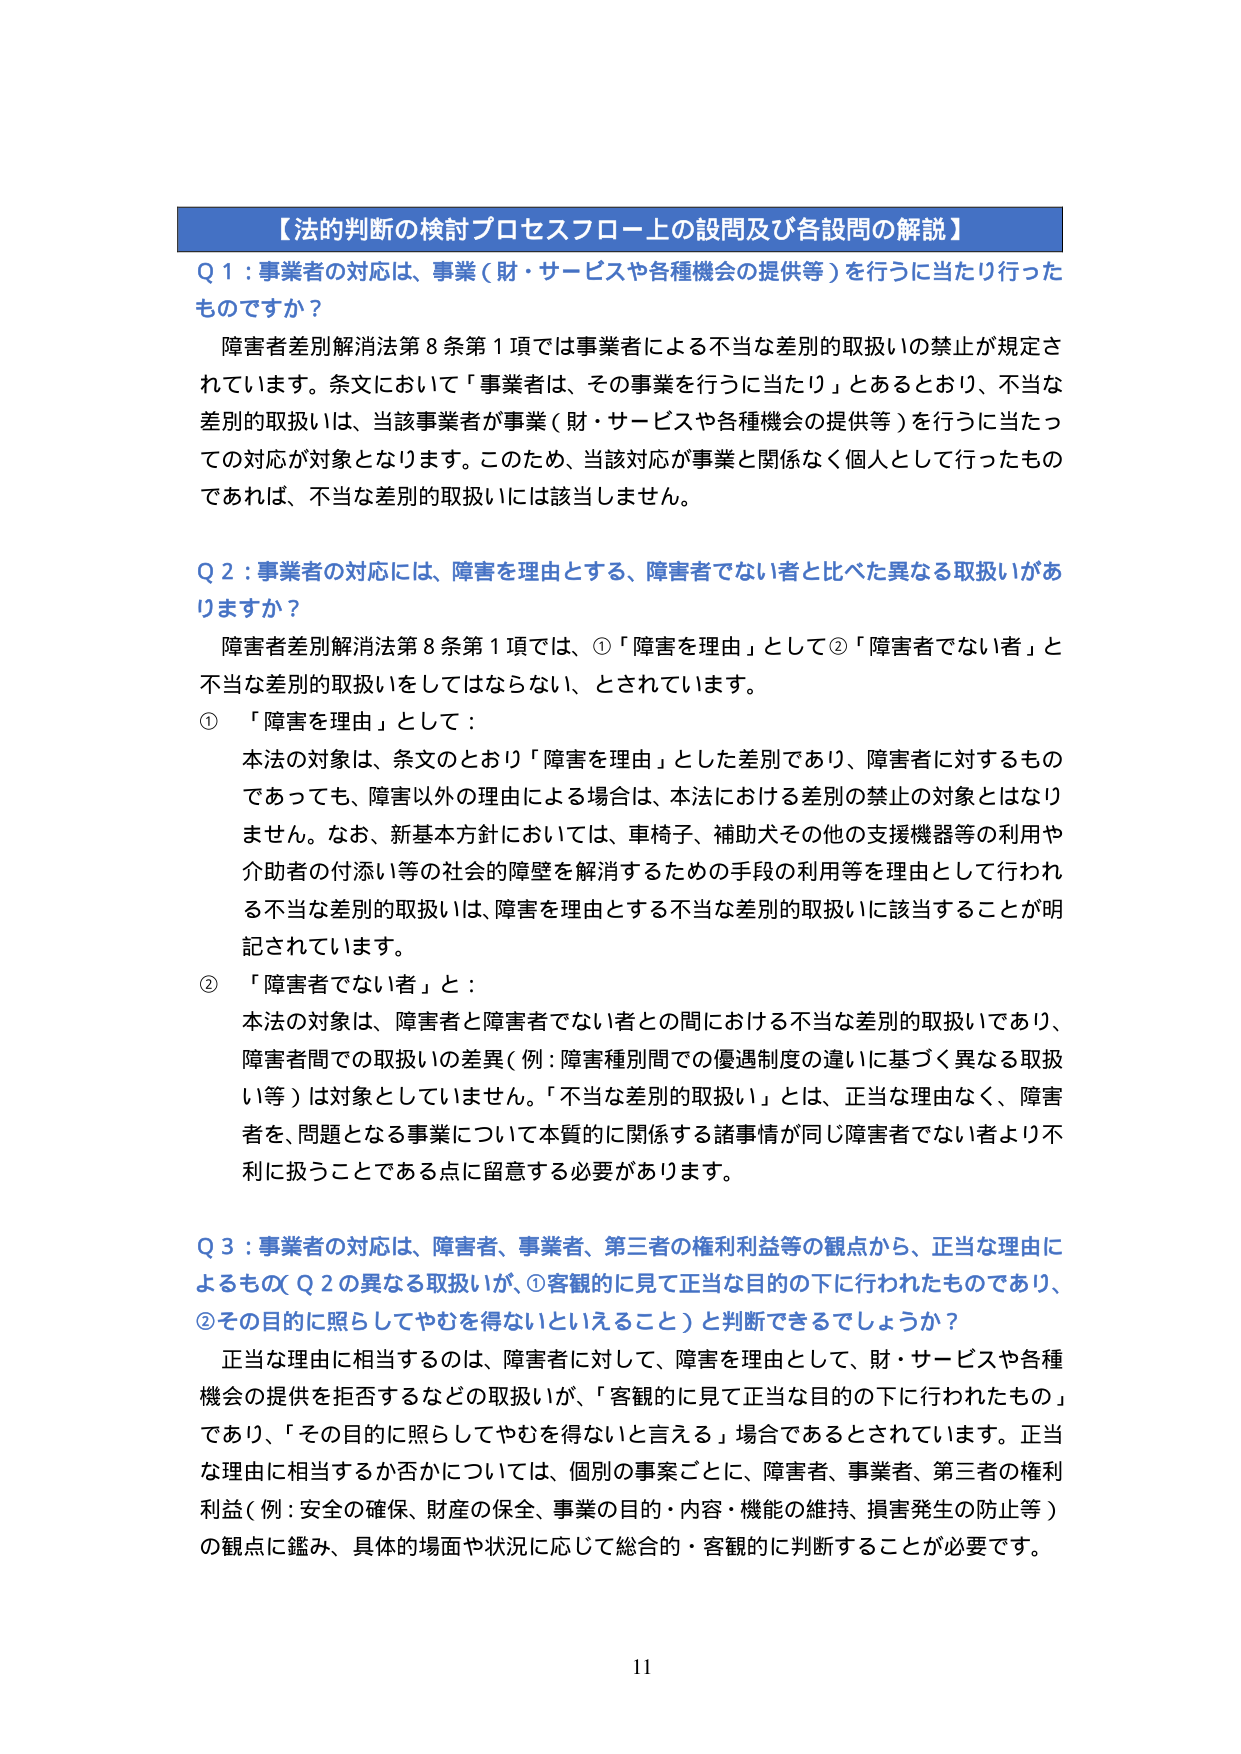
【法的判断の検討プロセスフロー上の設問及び各設問の解説】

Q 1：事業者の対応は、事業（財・サービスや各種機会の提供等）を行うに当たり行ったものですか？

障害者差別解消法第8条第1項では事業者による不当な差別的取扱いの禁止が規定されています。条文において「事業者は、その事業を行うに当たり」とあるとおり、不当な差別的取扱いは、当該事業者が事業（財・サービスや各種機会の提供等）を行うに当たっての対応が対象となります。このため、当該対応が事業と関係なく個人として行ったものであれば、不当な差別的取扱いには該当しません。

Q 2：事業者の対応には、障害を理由とする、障害者でない者と比べた異なる取扱いがありますか？

障害者差別解消法第8条第1項では、①「障害を理由」として②「障害者でない者」と不当な差別的取扱いをしてはならない、とされています。

① 「障害を理由」として：

本法の対象は、条文のとおり「障害を理由」とした差別であり、障害者に対するものであっても、障害以外の理由による場合は、本法における差別の禁止の対象とはなりません。なお、新基本方針においては、車椅子、補助犬その他の支援機器等の利用や介助者の付添い等の社会的障壁を解消するための手段の利用等を理由として行われる不当な差別的取扱いは、障害を理由とする不当な差別的取扱いに該当することが明記されています。

② 「障害者でない者」と：

本法の対象は、障害者と障害者でない者との間における不当な差別的取扱いであり、障害者間での取扱いの差異（例：障害種別間での優遇制度の違いに基づく異なる取扱い等）は対象としていません。「不当な差別的取扱い」とは、正当な理由なく、障害者を、問題となる事業について本質的に関係する諸事情が同じ障害者でない者より不利に扱うことである点に留意する必要があります。

Q 3：事業者の対応は、障害者、事業者、第三者の権利利益等の観点から、正当な理由によるもの（Q 2の異なる取扱いが、①客観的に見て正当な目的の下に行われたものであり、②その目的に照らしてやむを得ないといえること）と判断できるでしょうか？

正当な理由に相当するのは、障害者に対して、障害を理由として、財・サービスや各種機会の提供を拒否するなどの取扱いが、「客観的に見て正当な目的の下に行われたもの」であり、「その目的に照らしてやむを得ないと言える」場合であるとされています。正当な理由に相当するか否かについては、個別の事案ごとに、障害者、事業者、第三者の権利利益（例：安全の確保、財産の保全、事業の目的・内容・機能の維持、損害発生の防止等）の観点に鑑み、具体的場面や状況に応じて総合的・客観的に判断することが必要です。

11